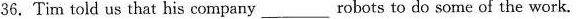
36.Tim told us that his company___robots to do some of the work.